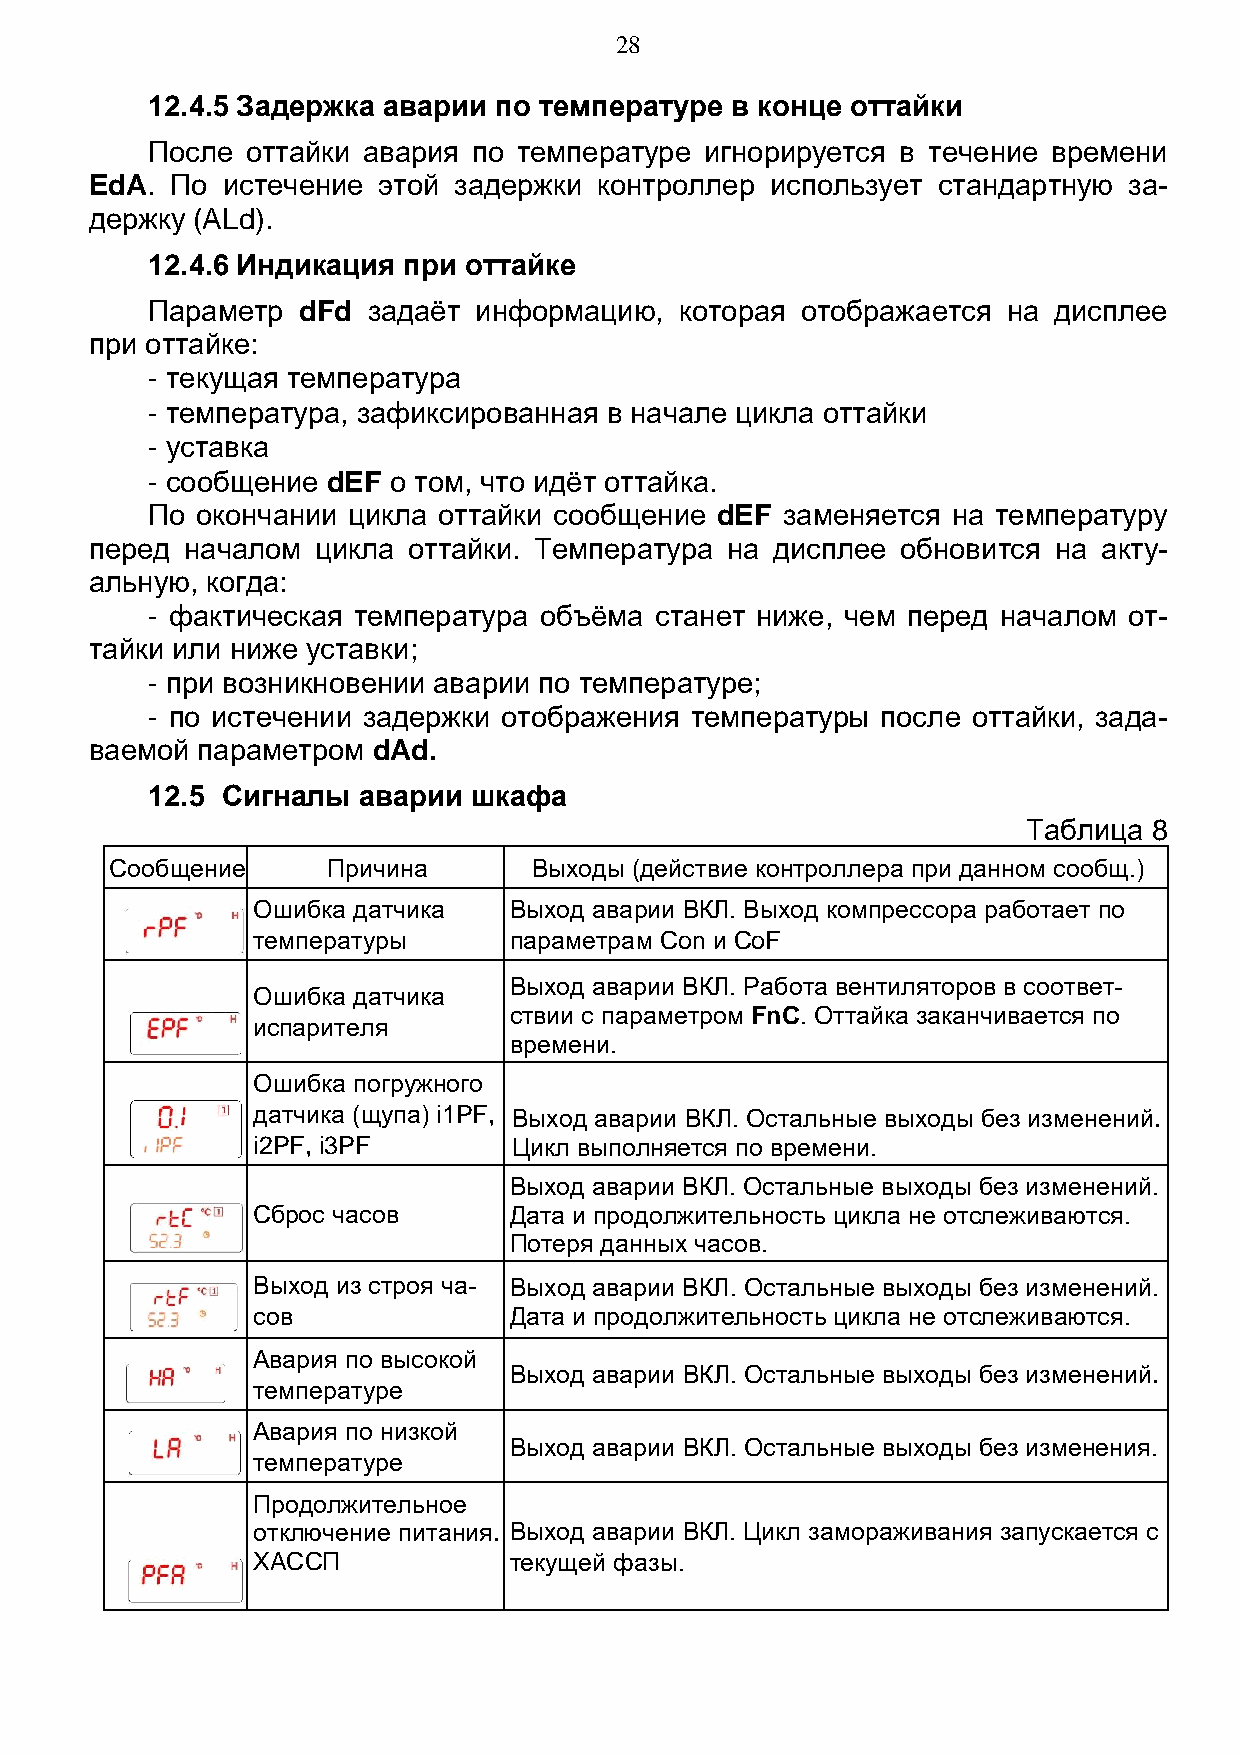
28
 12.4.5 Задержка аварии по температуре в конце оттайки
 После оттайки авария по температуре  игнорируется в течение времени
 EdA. По  истечение этой задержки  контроллер использует стандартную  за-
 держку (ALd).
 12.4.6 Индикация при оттайке
 Параметр  dFd задаёт информацию,   которая отображается  на дисплее
 при оттайке:
 - текущая температура
 - температура, зафиксированная в начале цикла оттайки
 - уставка
 - сообщение dEF о том, что идёт оттайка.
 По окончании цикла оттайки сообщение dEF  заменяется на температуру
 перед началом  цикла оттайки. Температура на дисплее  обновится на акту-
 альную, когда:
 - фактическая температура объёма станет ниже, чем перед началом  от-
 тайки или ниже уставки;
 - при возникновении аварии по температуре;
 - по истечении задержки отображения температуры после оттайки, зада-
 ваемой параметром  dAd.
 12.5 Сигналы  аварии шкафа
 Таблица 8
 Сообщение      Причина      Выходы (действие контроллера при данном сообщ.)
 Ошибка датчика   Выход аварии ВКЛ. Выход компрессора работает по
 температуры      параметрам Con и CoF
 Выход аварии ВКЛ. Работа вентиляторов в соответ-
 Ошибка датчика
 ствии с параметром FnC. Оттайка заканчивается по
 испарителя
 времени.
 Ошибка погружного
 датчика (щупа) i1PF, Выход аварии ВКЛ. Остальные выходы без изменений.
 i2PF, i3PF       Цикл выполняется по времени.
 Выход аварии ВКЛ. Остальные выходы без изменений.
 Сброс часов      Дата и продолжительность цикла не отслеживаются.
 Потеря данных часов.
 Выход из строя ча- Выход аварии ВКЛ. Остальные выходы без изменений.
 сов              Дата и продолжительность цикла не отслеживаются.
 Авария по высокой
 Выход аварии ВКЛ. Остальные выходы без изменений.
 температуре
 Авария по низкой
 Выход аварии ВКЛ. Остальные выходы без изменения.
 температуре
 Продолжительное
 отключение питания. Выход аварии ВКЛ. Цикл замораживания запускается с
 ХACCП            текущей фазы.